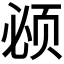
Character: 𬱚